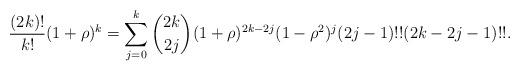
LaTeX: \begin{align*}\frac{(2k)!}{k!}(1+\rho )^{k}=\sum_{j=0}^{k}\binom{2k}{2j}(1+\rho)^{2k-2j}(1-\rho ^{2})^{j}(2j-1)!!(2k-2j-1)!!. \end{align*}